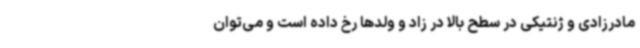
مادرزادی و ژنتیکی در سطح بالا در زاد و ولدها رخ داده است و می‌توان